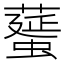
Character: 𦿸